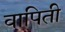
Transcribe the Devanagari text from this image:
वापिती